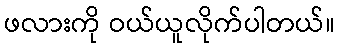
ဖလားကို ဝယ်ယူလိုက်ပါတယ်။